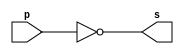
// ------------------------- 
// Exemplo0002 - NOT 
// Nome: Gabriel Luiz M. G. Vieira 
// ------------------------- 
// ------------------------- 
// -- not gate 
// ------------------------- 
module notgate (output s, 
input p); 
assign s = ~p; 
endmodule // notgate 
// ------------------------- 
// -- test not gate 
// ------------------------- 
module testnotgate; 
// ------------------------- dados locais 
reg a; // definir registrador 
// (variavel independente) 
wire s; // definir conexao (fio) 
// (variavel dependente ) 
// ------------------------- instancia 
notgate NOT1 (s, a); 
// ------------------------- preparacao 
initial begin:start 
a=0; // valor inicial 
end 
// ------------------------- parte principal 
initial begin 
$display("Exemplo0002 - Gabriel Luiz M. G. Vieira - 441691"); 
$display("Test NOT gate"); 
$display("\n~a = s\n"); 
a=0; 
#1 $display("~%b = %b", a, s); 
a=1; 
#1 $display("~%b = %b", a, s); 
end 
endmodule // testnotgate